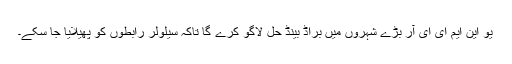
یو این ایم ای ای آر بڑے شہروں میں براڈ بینڈ حل لاگو کرے گا تاکہ سیلولر رابطوں کو پھیلایا جا سکے۔